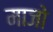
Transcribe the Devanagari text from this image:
माजो